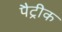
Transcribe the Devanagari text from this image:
पैट्रीक